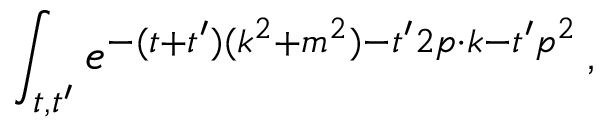
\int _ { t , t ^ { \prime } } e ^ { - ( t + t ^ { \prime } ) ( k ^ { 2 } + m ^ { 2 } ) - t ^ { \prime } 2 p \cdot k - t ^ { \prime } p ^ { 2 } } \, ,